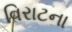
વિરાટના